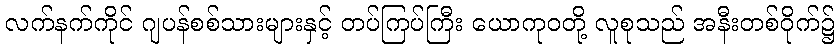
လက်နက်ကိုင် ဂျပန်စစ်သားများနှင့် တပ်ကြပ်ကြီး ယောကုဝတို့ လူစုသည် အနီးတစ်ဝိုက်၌